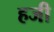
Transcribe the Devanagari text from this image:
हजी